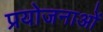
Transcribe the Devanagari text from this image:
प्रयोजनाओं